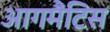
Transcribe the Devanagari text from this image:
आगमैंटिस